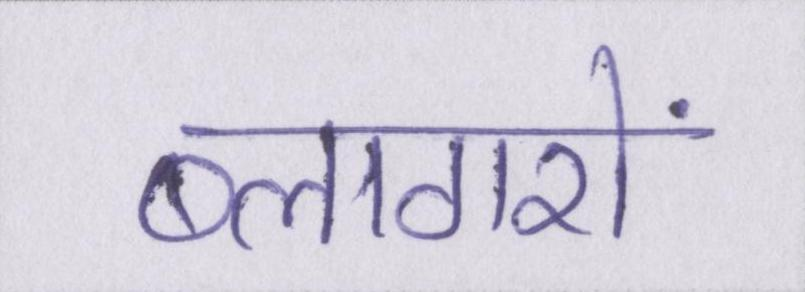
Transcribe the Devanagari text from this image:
ब्लागरों